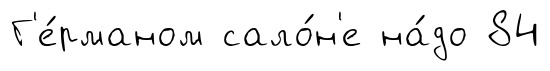
Г'е́рманом сало́н'е на́до 84